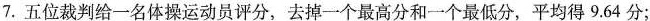
7.五位裁判给一名体操运动员评分，去掉一个最高分和一个最低分，平均得9.64分；